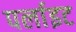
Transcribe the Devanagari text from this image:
पर्लाइट